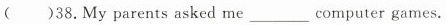
()38.My parents asked me___ computer games.